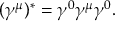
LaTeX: ( \gamma ^ { \mu } ) ^ { * } = \gamma ^ { 0 } \gamma ^ { \mu } \gamma ^ { 0 } .